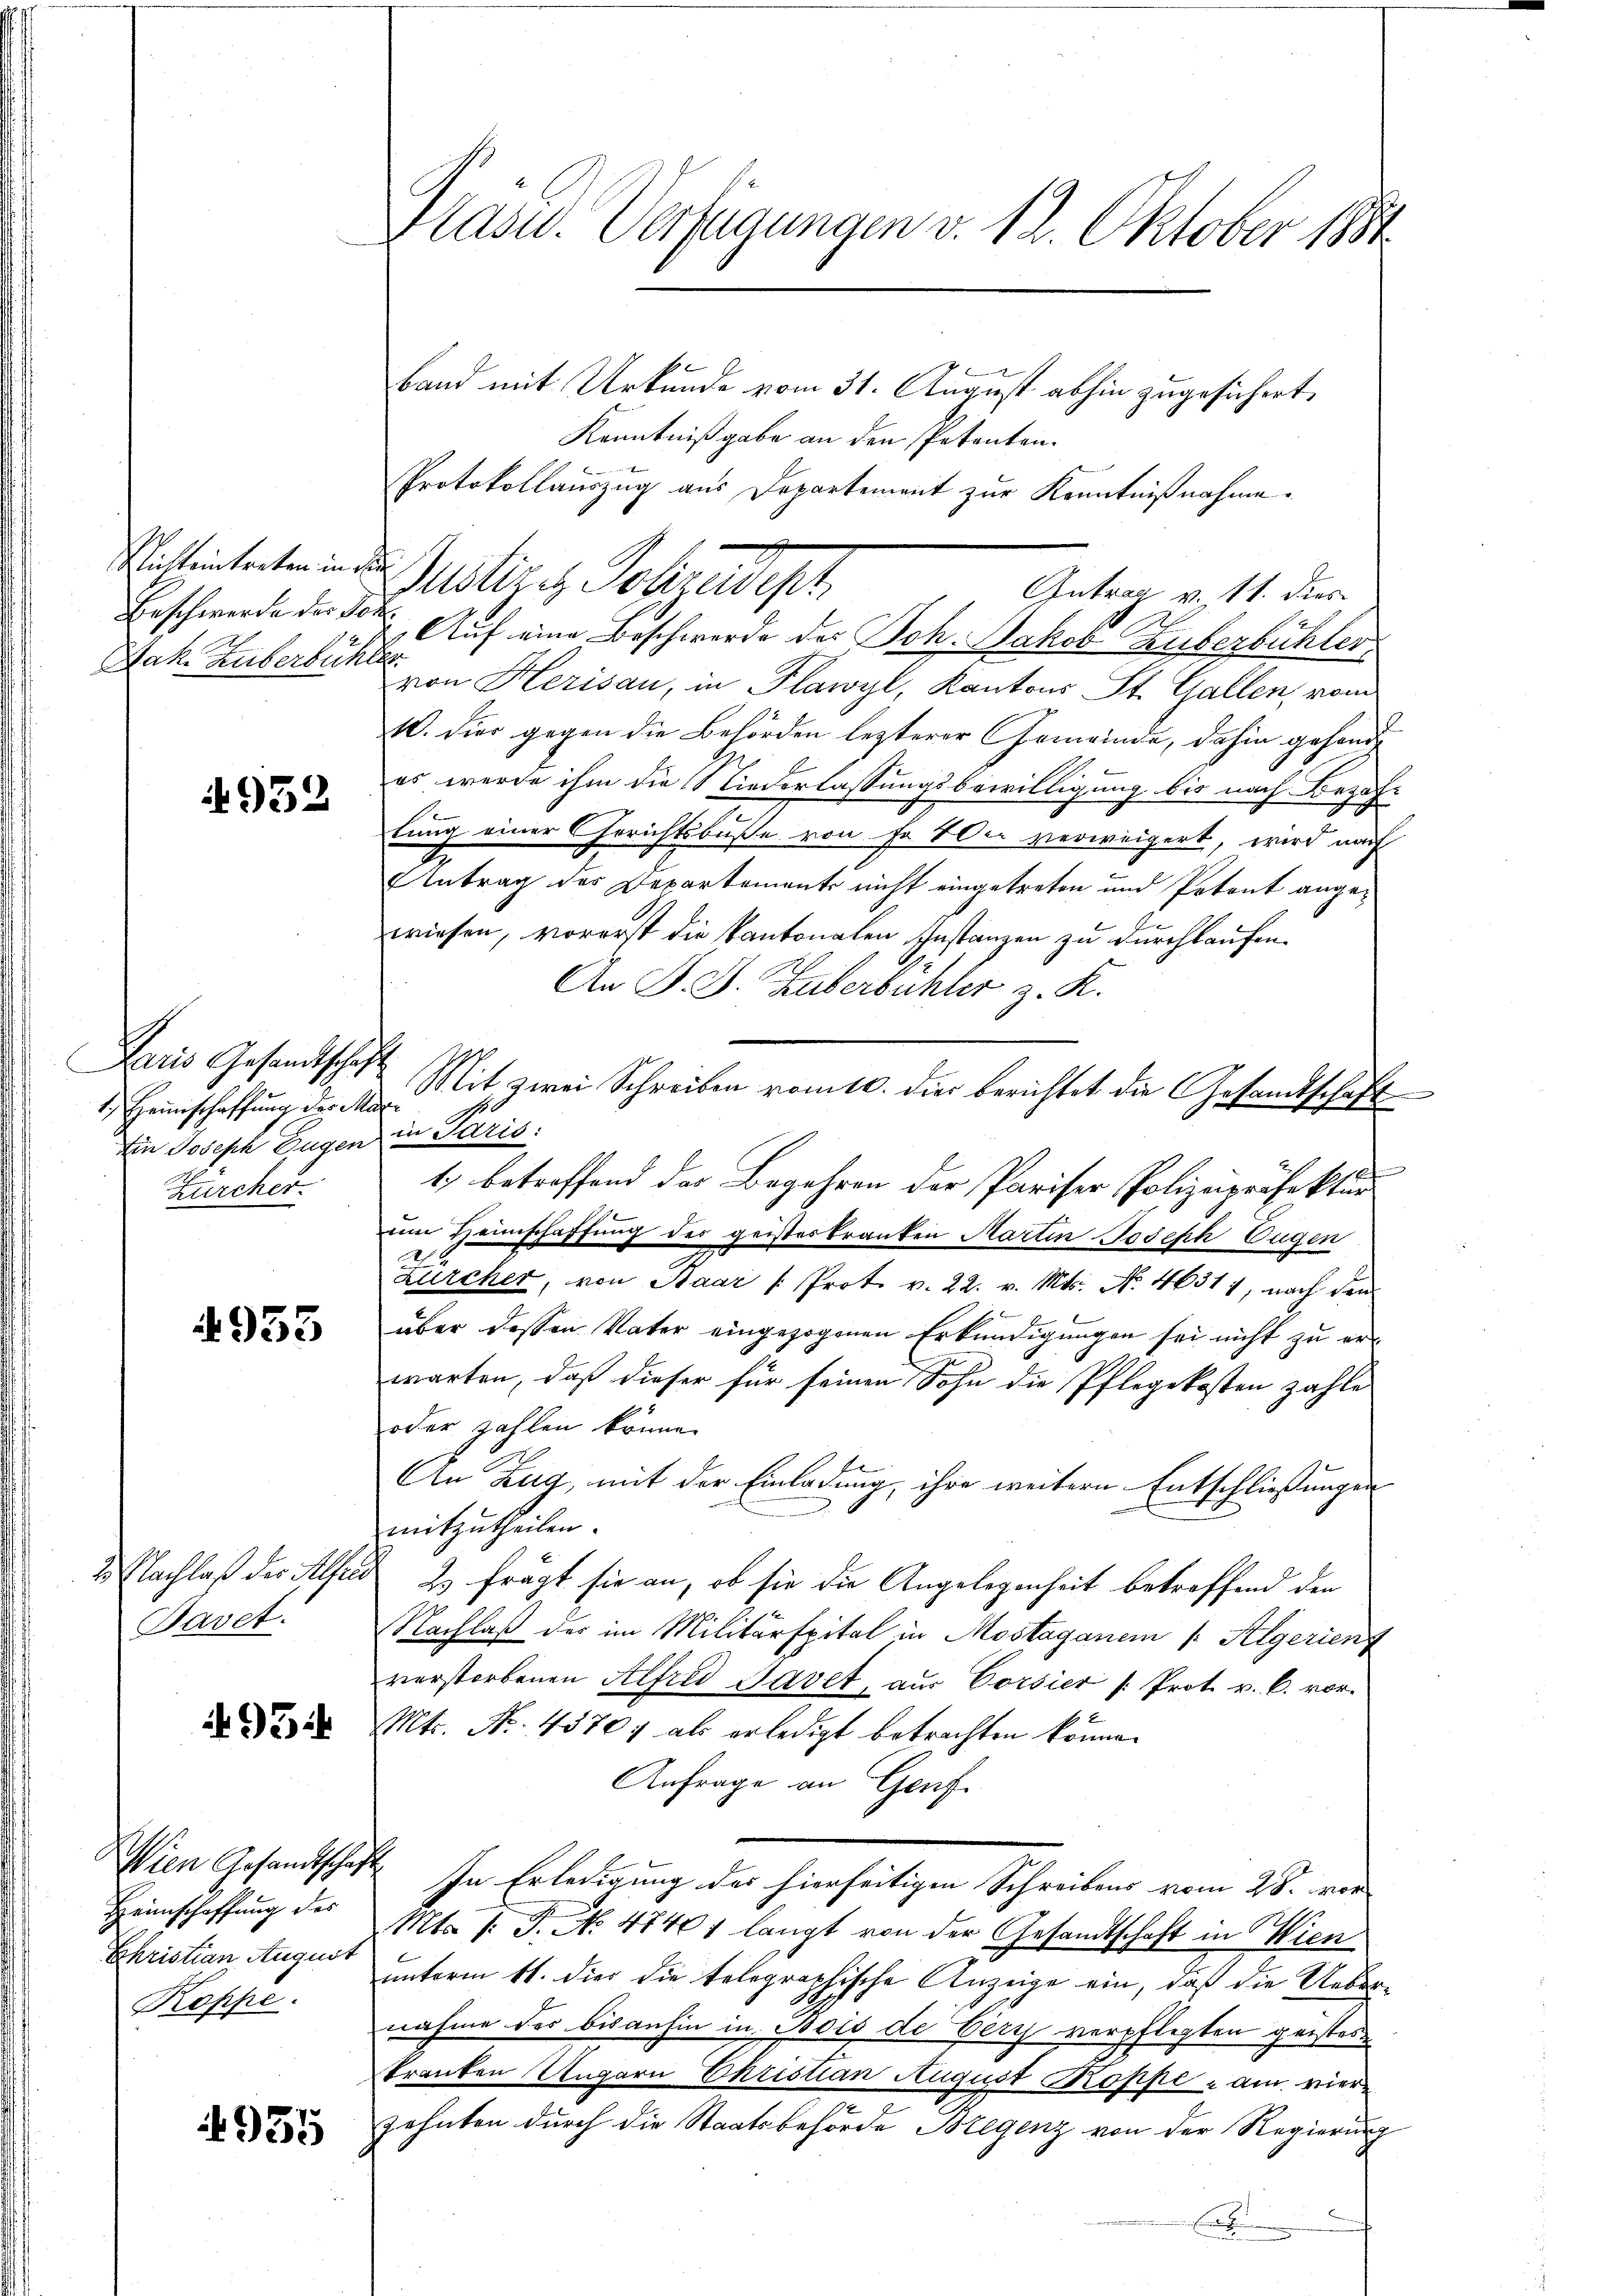
itteintreten in d
Beschwerde der Jo¬
Jak. Huberbühr

952

Paris Gesandtschaf
1. Heimschaffung des Ma
Ein Joseph Eugen
Zürcher.

4955

2. Nachlaß des Hilfe
Pavet.

95

Wien Gesandtschaft
Heimschaffung des
Ehristian August
Koppe

4955

Präsid. Verfügungen v. 12. Oktober 1884.

Band mit Urkunde vom 31. August abhin zugesichert,
Kenntnißgabe an den Petenten.
Protokollauszug aus Departement zur Kenntnißnahme.
Musteri, Schredigt
Antrag v. 11. dies
 uf eine Beschwerde des Joh. Jakob Huberbüchler
von Herisau, in Plawyl, Kantons St. Gallen, vom
10. dies gegen die Behörden lezterer Gemeinde, dahin gehande
es werde ihm die Niederlassungsbewilligung bis nach Bezah-
tung einer Gerichtsbuße von Fr. 2 der verweigert, wird nach
Antrag des Departements nicht eingetreten und Petent angewiesen, vorerst die Kantonalen Instanzen zu durchlaufen.
An P. J. Huberbuchler z. K.
h
Mit zwei Schreiben vom 10. die berichtet die Gesandtschaft
f
in Paris:
n
1) betreffend das Begehren der Pariser Polizeipräfektur
um Heimschaffung der geisteskranken Martin Joseph Eugen

Zürcher, von Baar /: Prot. v. 22. v. Mts. No. 46311, nach den
über dessen Vater eingezogenen Erkundigungen sei nicht zu erwarten, daß dieser für seinen Sohn die Pflegekosten zahle
oder zahlen könne.
An Zug, mit der Einladung, ihre weitern Entschließungen
mitzutheilen.
2 frägt sie an, ob sie die Angelegenheit betreffend den
Nachlaß der im Militärspital in Mostaganem /: Algerienz
verstorbenen Alfred Savet, aus Corsier /: Prot. v. C. vor¬
Mts. No. 45707 als erledigt betrachten könne.
Anfrage an Genf.
In Erledigung des hierseitigen Schreibens vom 28. vor
Mts /: P. No. 47401 langt von der Gesandtschaft in Wien
unterm 11. dies die telegraphische Anzeige ein, daß die Uebernahme des bisanhin in Bois de Verth verpflegten geistes
kranken Ungarn Christian August Kopfe - am vier¬
Zehnten durch die Staatsbehörde Bregenz von der Regierung